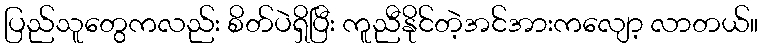
ပြည်သူတွေကလည်း စိတ်ပဲရှိပြီး ကူညီနိုင်တဲ့အင်အားကလျော့ လာတယ်။